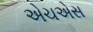
એચએસ